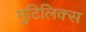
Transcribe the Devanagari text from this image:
मुटिलिक्स